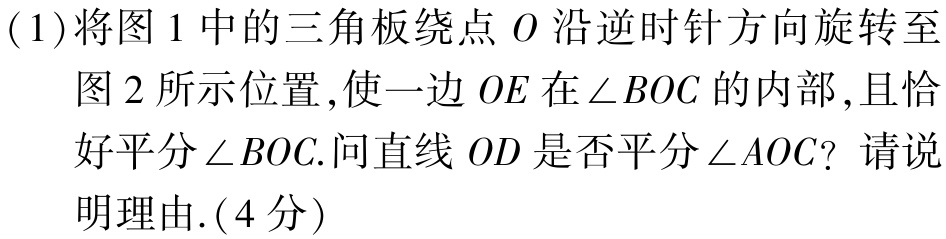
(1)将图1中的三角板绕点\(O\)沿逆时针方向旋转至图2所示位置,使一边\(OE\)在\(\angle BOC\)的内部,且恰好平分\(\angle BOC\).问直线\(OD\)是否平分\(\angle AOC\)? 请说明理由.(4分)